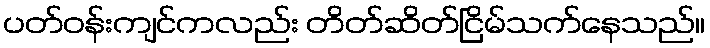
ပတ်ဝန်းကျင်ကလည်း တိတ်ဆိတ်ငြိမ်သက်နေသည်။